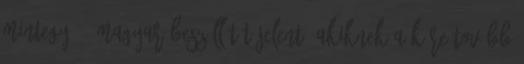
mintegy 90 magyar beszállítót jelent, akiknek a köre tovább